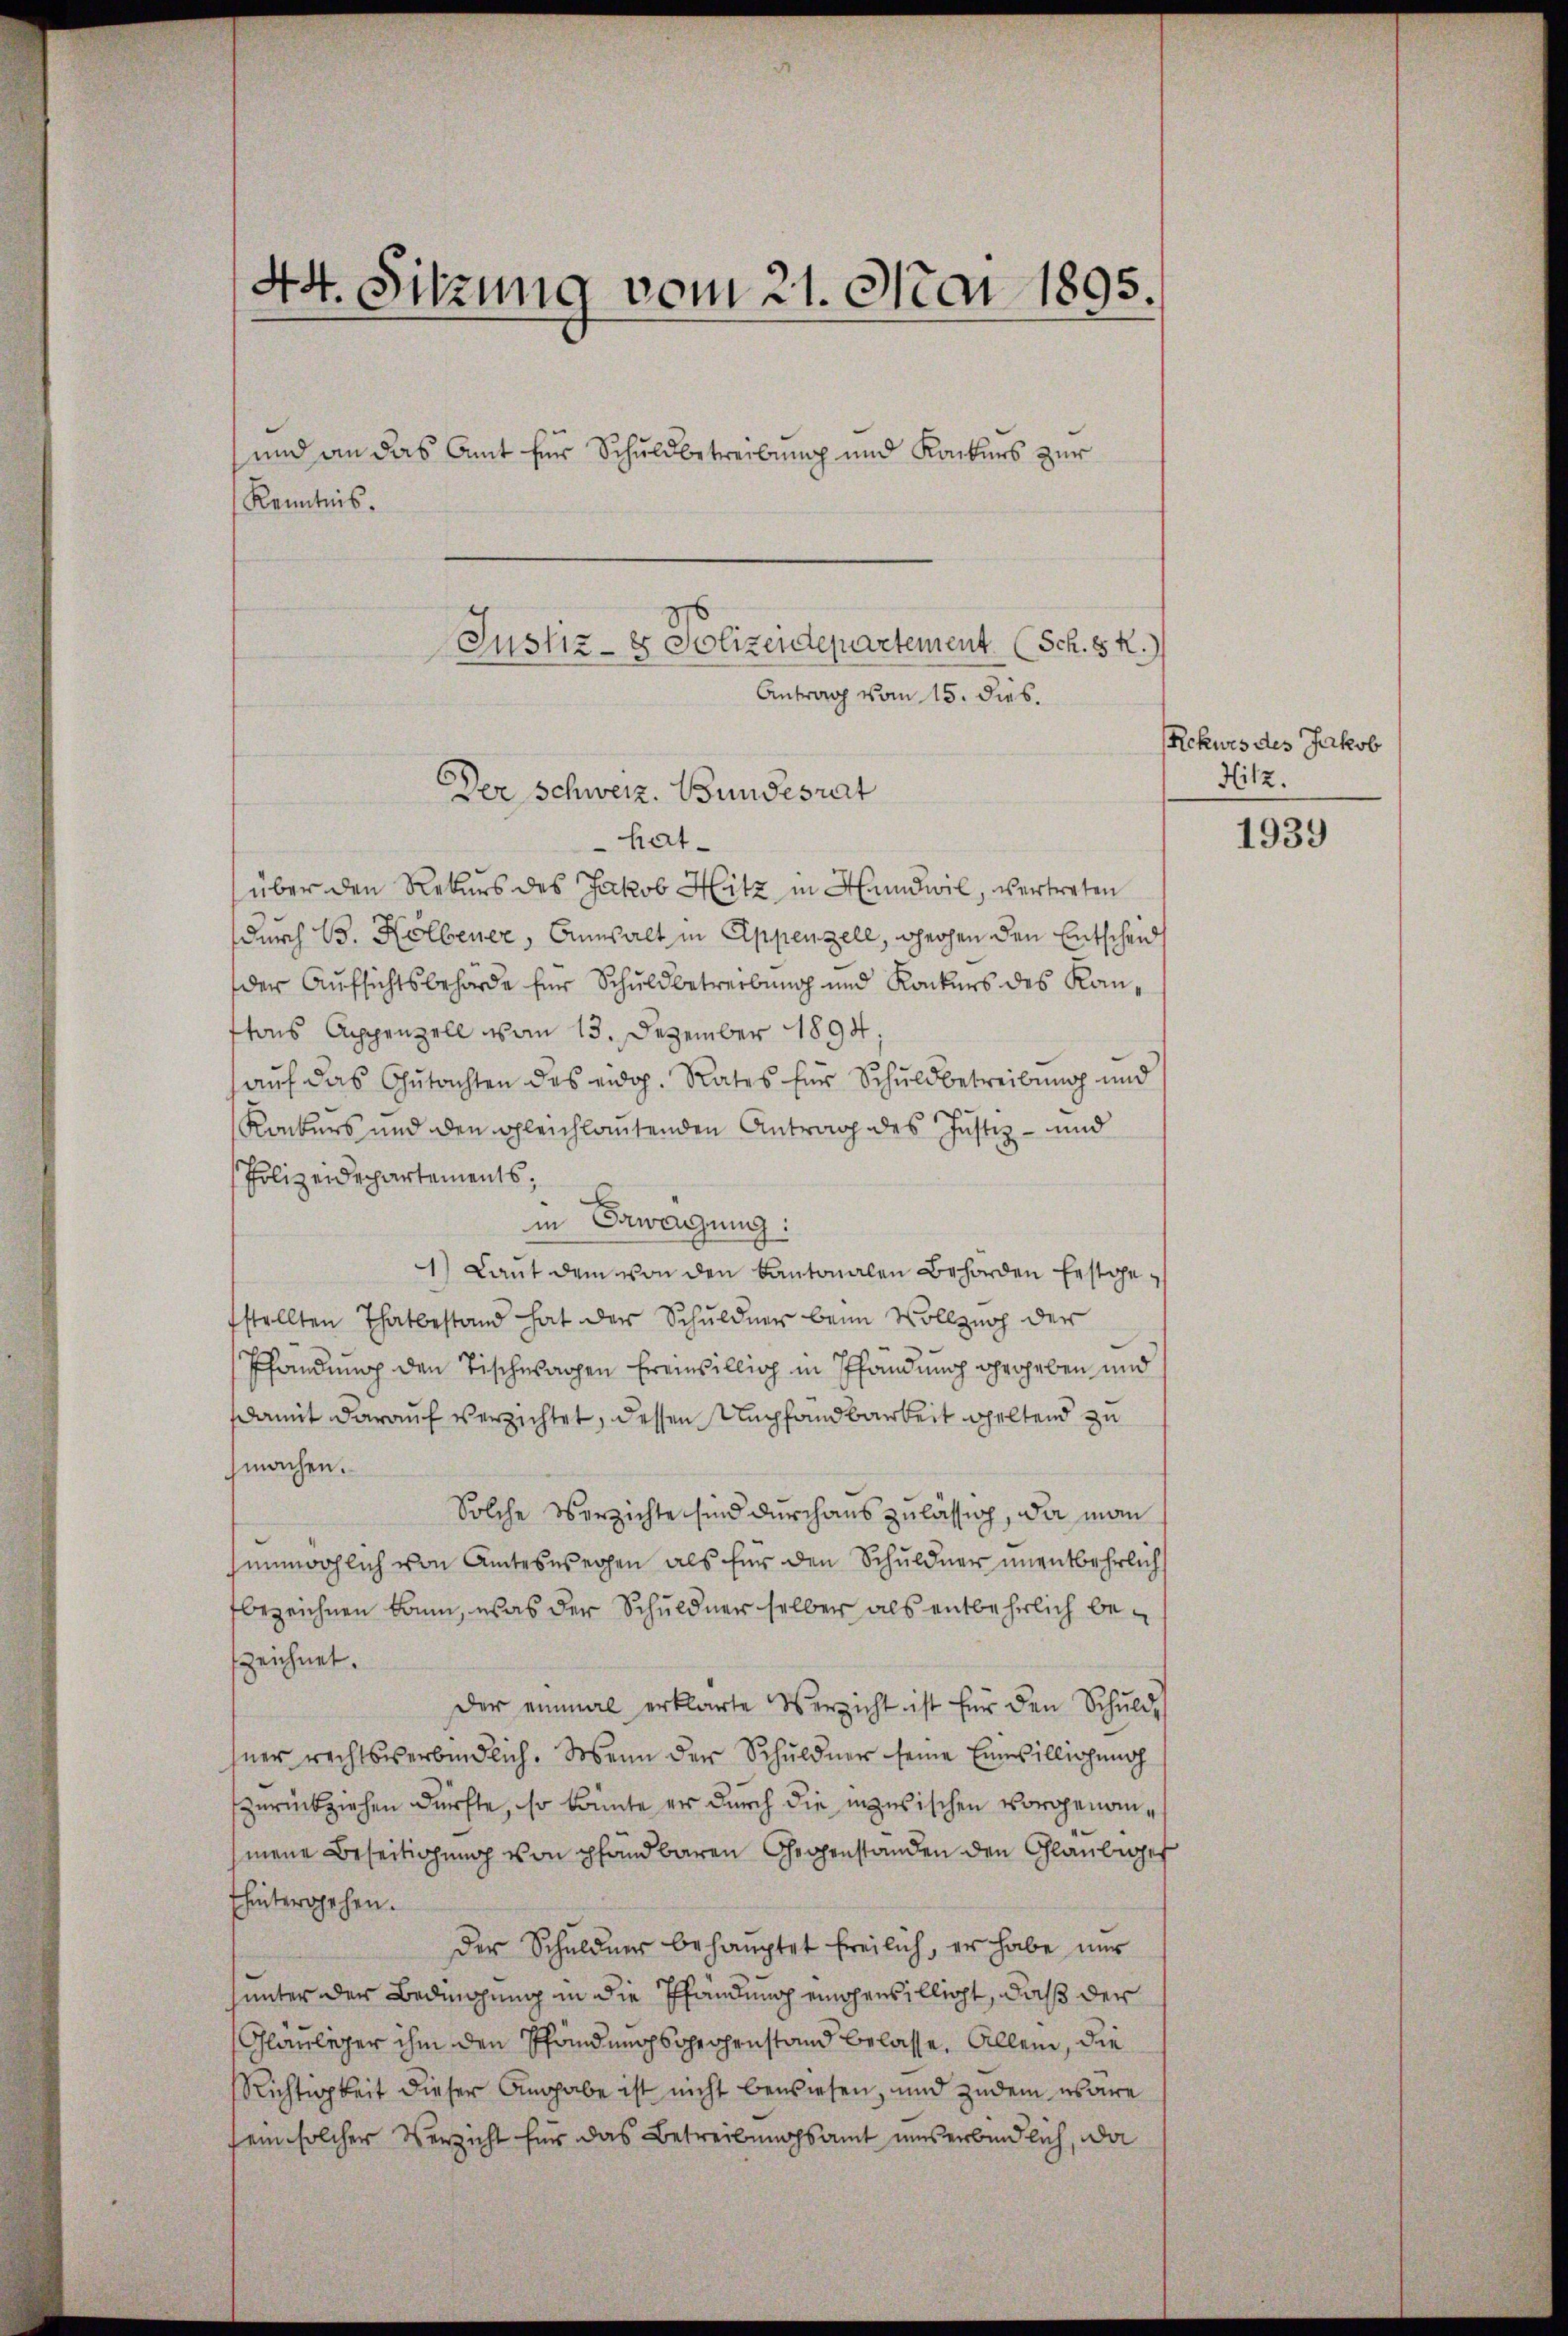
44. Sitzung vom 21. Mai 1895.

und an das Amt für Schuldbetreibung und Konkurs zur
hatüber den Rekurs des Jakob Hitz in Handwil, vertreten
durch B. Kolbener, Annsalt in Appenzell, gehen den Entscheid
der Aufsichtsbehörde für Schuldbetreibung und Konkurs des Kantons Appenzell von 13. Dezember 1894.
aŭf das Gŭtachten des eidg. Rates für Schuldbetreibung und
Konkurs und den gleichlautenden Antrag des Justiz- und
Polizeidepartements;
in Erwägung:
1) Laŭt dem von den kantonalen Behörden Erstgefstellten Thatbestand hat der Schuldner beim Vollzug der
Pfändung den Tischwagen Ereinbillig in Pfandung gegeben und
damit darauf verzichtet, dessen Umpfandbarkeit geltend zu
machen.
Solche Verzichte sind durchaus zulässig, da man
unmöglich von Amteswegen als für den Schuldner unentbehrlichs
bezeichnen kann, was der Schuldner selber als entbehrlich bezeichnet.
Der einmal erklärte Verzicht ist für den Schulde
hner rechtsverbindlich. Wenn der Schuldner seine Einwillichung
zurückziehen dürfte, so könnte er durch die inzwischen vorgenommene Beseitigung von Pfandbaren Gegenstanden den Gläubiger
hintergehen.
der Schuldner behauptet freilich, er habe nur
hunter der Bedingung in die Pfändung eingewilligt, daß der
Gläubiger ihm den Pfändungsprochenstand belasse. Allein, die
Richtigkeit dieser Angabe ist nicht bewiesen, und zudem wäre
sein solcher Verzicht für das Betreibungsamt uns erbindlich, da

Kenntnis.

Justiz- & Polizeidepartement. (Sch. S. R.)
Antrag vom 15. dies.

Der Schweiz. Bundesrat

Rekurs des Jakob
Hitz.

1939